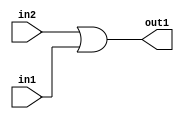
`timescale 1ps / 1ps
/*****************************************************************************
    Verilog RTL Description
    
    
    Created by: Stratus DpOpt 2019.1.01 
*******************************************************************************/

module bias_addr_gen_Or_1Ux1U_1U_4 (
	in2,
	in1,
	out1
	); /* architecture "behavioural" */ 
input  in2,
	in1;
output  out1;
wire  asc001;

assign asc001 = 
	(in2)
	|(in1);

assign out1 = asc001;
endmodule

/* CADENCE  urX2Sg8= : u9/ySgnWtBlWxVPRXgAZ4Og= ** DO NOT EDIT THIS LINE ******/